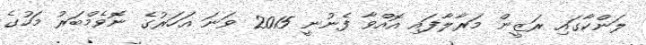
ލަންކާގައި ރަޒީން މަރާލާފައި އޮއްވާ ފެނުނީ 2015 ވަނަ އަހަރުގެ ނޮވެމްބަރު މަހުގެ